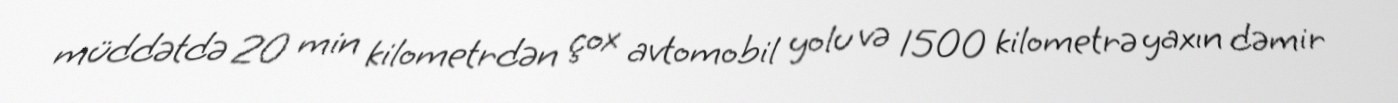
müddətdə 20 min kilometrdən çox avtomobil yolu və 1500 kilometrə yaxın dəmir